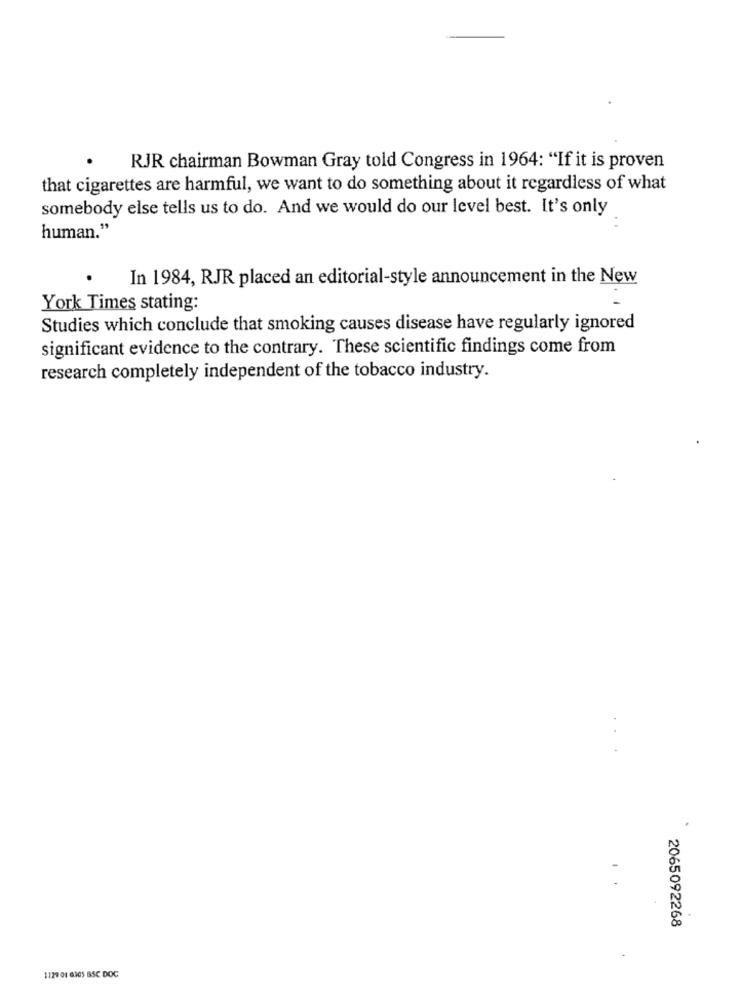
RJR chairman Bowman Gray told Congress in 1964: "If it is proven
that cigarettes are harmful, we want to do something about it regardless of what
somebody else tells us to do. And we would do our level best. It's only
human."
.
In 1984, RJR placed an editorial-style announcement in the New
York Times stating:
Studies which conclude that smoking causes disease have regularly ignored
significant evidence to the contrary. These scientific findings come from
research completely independent of the tobacco industry.
.
2065092268
1129 01 6305 BSC DOC